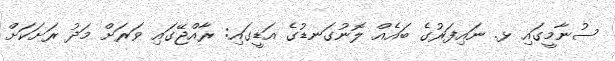
ސުނާމީގައި ޅ. ނައިފަރުގެ ބައެއް ލޮނުގަނޑުގެ އަޑީގައި: ރާއްޖޭގައި ވަރަށް މަދު ރަށަކަށް